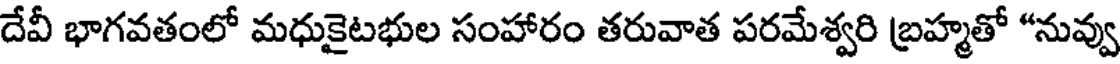
దేవీ భాగవతంలో మధుకైటభుల సంహారం తరువాత పరమేశ్వరి బ్రహ్మతో "నువ్వు